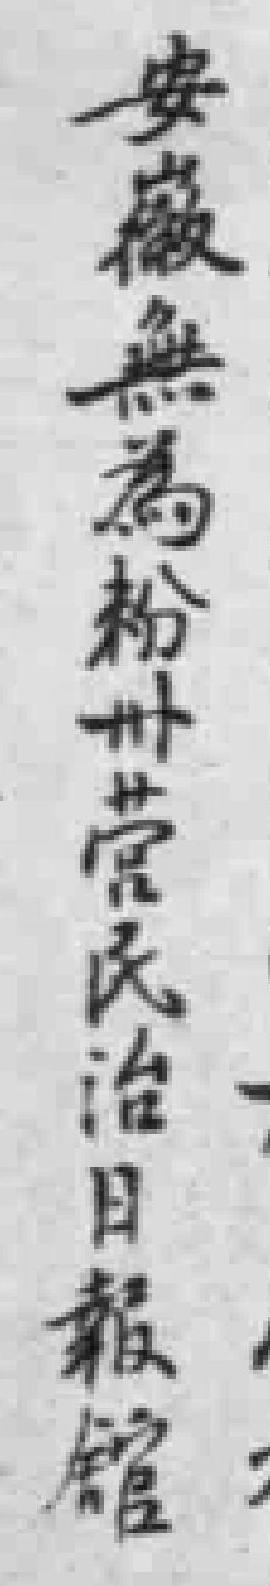
安巖無為粉州菅民治目報館